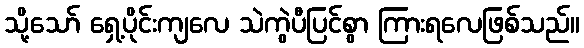
သို့သော် ရှေ့ပိုင်းကျလေ သဲကွဲပီပြင်စွာ ကြားရလေဖြစ်သည်။